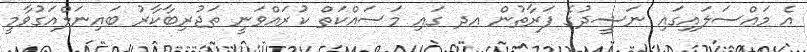
އެ މައްސަލައިގައި ނަޝީދުގެ ފަރާތުން އދ ގައި މަސައްކަތް ކުރައްވަނީ ތަޖުރިބާކާރު ބައިނަލްއަގުވާމީ